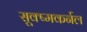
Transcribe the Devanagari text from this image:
सूक्ष्मकर्नल